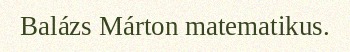
Balázs Márton matematikus.